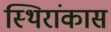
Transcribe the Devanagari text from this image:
स्थिरांकास